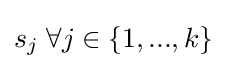
s_{j}\;\forall j\in \{1,...,k\}